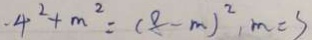
- 4 ^ { 2 } + m ^ { 2 } = ( 8 - m ) ^ { 2 } , m = s